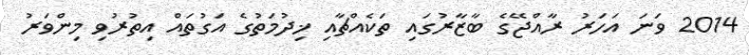
2014 ވަނަ އަހަރު ރާއްޖޭގެ ބާޒާރުގައި ތަކެއްޗާއި ޚިދުމަތުގެ އަގުތައް އިތުރުވި މިންވަރު